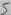
Text: 5